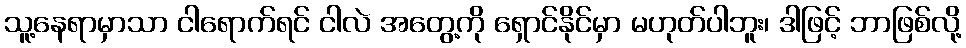
သူ့နေရာမှာသာ ငါရောက်ရင် ငါလဲ အတွေ့ကို ရှောင်နိုင်မှာ မဟုတ်ပါဘူး၊ ဒါဖြင့် ဘာဖြစ်လို့